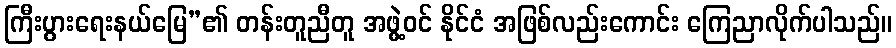
ကြီးပွားရေးနယ်မြေ”၏ တန်းတူညီတူ အဖွဲ့ဝင် နိုင်ငံ အဖြစ်လည်းကောင်း ကြေညာလိုက်ပါသည်။